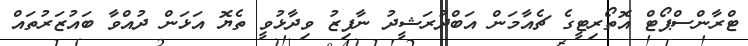
ޓްރާންސްޕޯޓް އޮތޯރިޓީގެ ޗެއާމަން އަބްދުރަޝީދު ނާފިޒު ވިދާޅުވީ ތެޔޮ އަޅަން ދުއްވާ ބައުޒަރުތައް